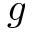
g